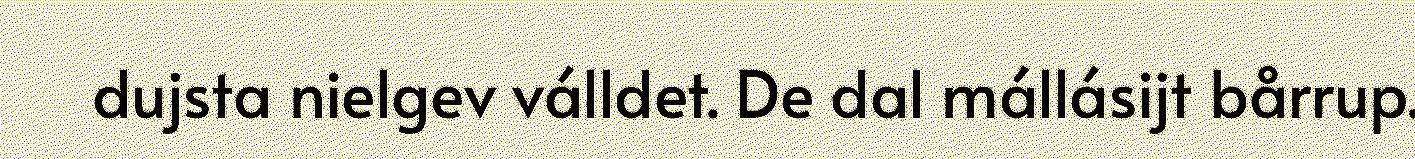
dujsta nielgev válldet. De dal mállásijt bårrup.